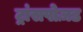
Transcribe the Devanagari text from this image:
ट्रांसपोज़ड